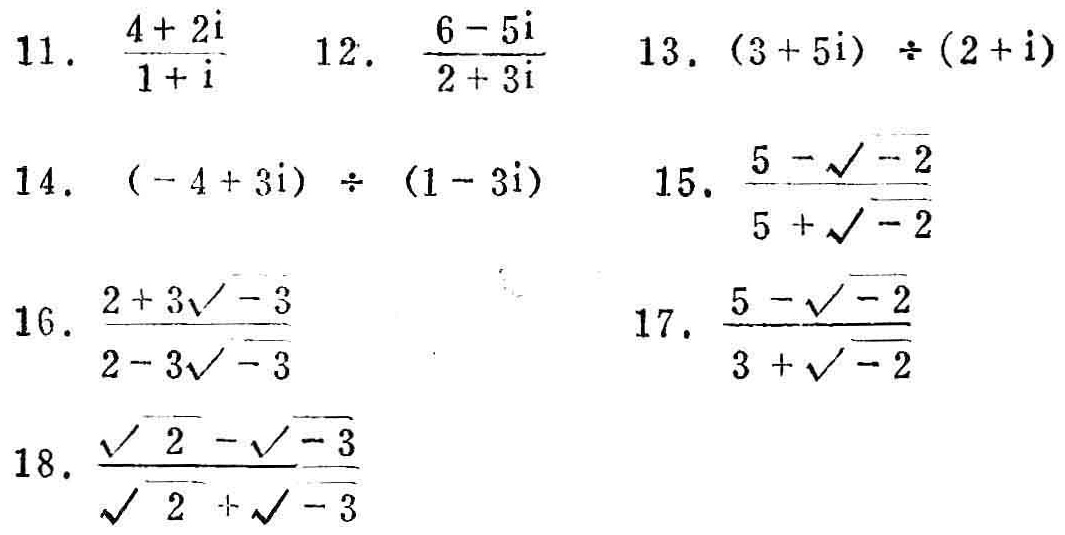
11. $\frac{4 + 2i}{1 + i}$
12. $\frac{6 - 5i}{2 + 3i}$
13. $(3 + 5i) \div (2 + i)$
14. $(-4 + 3i) \div (1 - 3i)$
15. $\frac{5 - \sqrt{-2}}{5 + \sqrt{-2}}$
16. $\frac{2 + 3\sqrt{-3}}{2 - 3\sqrt{-3}}$
17. $\frac{5 - \sqrt{-2}}{3 + \sqrt{-2}}$
18. $\frac{\sqrt{2} - \sqrt{-3}}{\sqrt{2} + \sqrt{-3}}$